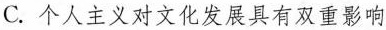
C.个人主义对文化发展具有双重影响